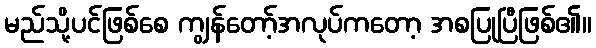
မည်သို့ပင်ဖြစ်စေ ကျွန်တော့်အလုပ်ကတော့ အစပြုပြီဖြစ်၏။